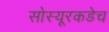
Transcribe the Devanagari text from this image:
सोस्यूरकडेच